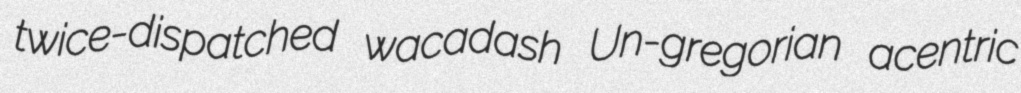
twice-dispatched wacadash Un-gregorian acentric